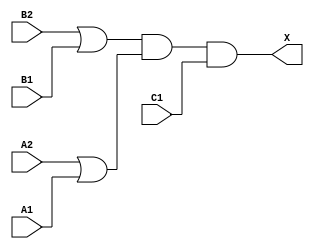
module sky130_fd_sc_hdll__o221a_6 (
    X ,
    A1,
    A2,
    B1,
    B2,
    C1
);
    output X ;
    input  A1;
    input  A2;
    input  B1;
    input  B2;
    input  C1;
    wire or0_out   ;
    wire or1_out   ;
    wire and0_out_X;
    or  or0  (or0_out   , B2, B1              );
    or  or1  (or1_out   , A2, A1              );
    and and0 (and0_out_X, or0_out, or1_out, C1);
    buf buf0 (X         , and0_out_X          );
endmodule